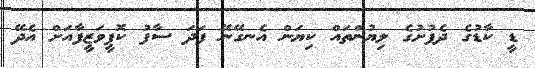
ޑީ ކާޑުގެ ދެފުށުގެ ލިޔުންތައް ކިޔަން އެނގޭނޭ ފަދަ ސާފު ކޮޕީވަޒީފާއަށް އެދޭ